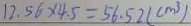
1 2 . 5 6 \times 4 . 5 = 5 6 . 5 2 ( c m ^ { 3 } )